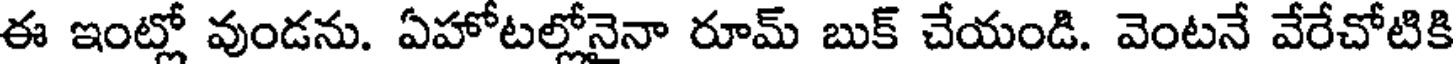
ఈ ఇంట్లో వుండను. ఏహోటల్లోనైనా రూమ్ బుక్ చేయండి. వెంటనే వేరేచోటికి